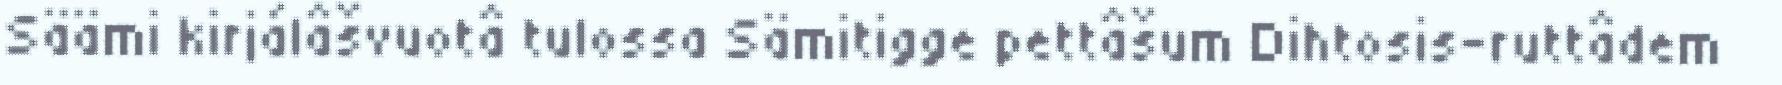
Säämi kirjálâšvuotâ tulossa Sämitigge pettâšum Dihtosis-ruttâdem